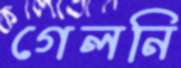
গেলনি